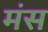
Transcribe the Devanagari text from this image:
मंस